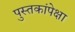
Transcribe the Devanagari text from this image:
पुस्तकांपेक्षा